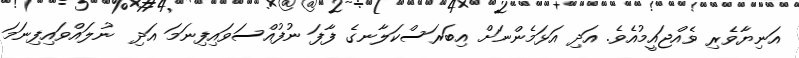
އަނިޔާވެރި ވެއްޖައީމުއެވެ. އަދި އަޅަމެންނަށް އިބަރަސްކަލާނގެ ފާފަ ނުފުއްސަވައިފިނަމަ އަދި  ނުލައްވައިފިނަމަ